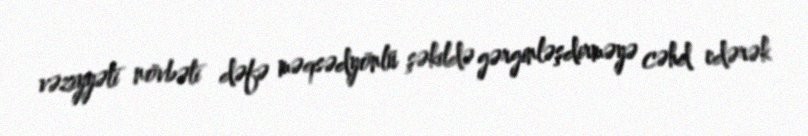
vəziyyəti növbəti dəfə məqsədyönlü şəkildə gərginləşdirməyə cəhd edərək